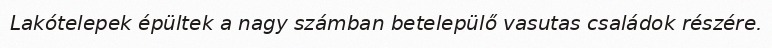
Lakótelepek épültek a nagy számban betelepülő vasutas családok részére.